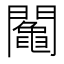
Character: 𨷍